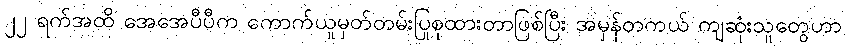
၂၂ ရက်အထိ အေအေပီပီက ကောက်ယူမှတ်တမ်းပြုစုထားတာဖြစ်ပြီး အမှန်တကယ် ကျဆုံးသူတွေဟာ